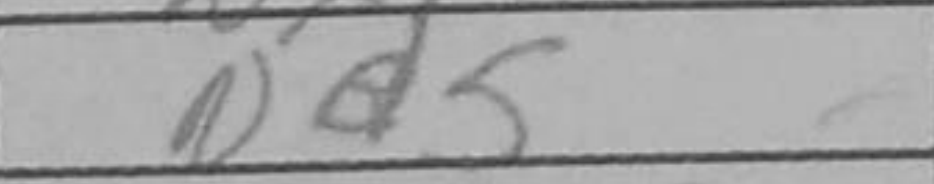
Transcription: Nd5